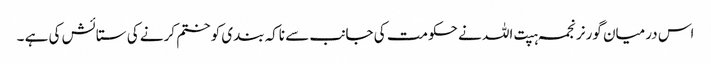
اس درمیان گورنر نجمہ ہپت اللہ نے حکومت کی جانب سے ناکہ بندی کو ختم کرنے کی ستائش کی ہے ۔